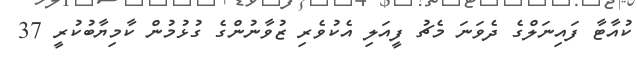
ކުއާޓާ ފައިނަލްގެ ދެވަނަ މެޗު ފީއަލި އެކުވެރި ޒުވާނުންގެ ގުޅުމުން ކާމިޔާބުކުރީ 37